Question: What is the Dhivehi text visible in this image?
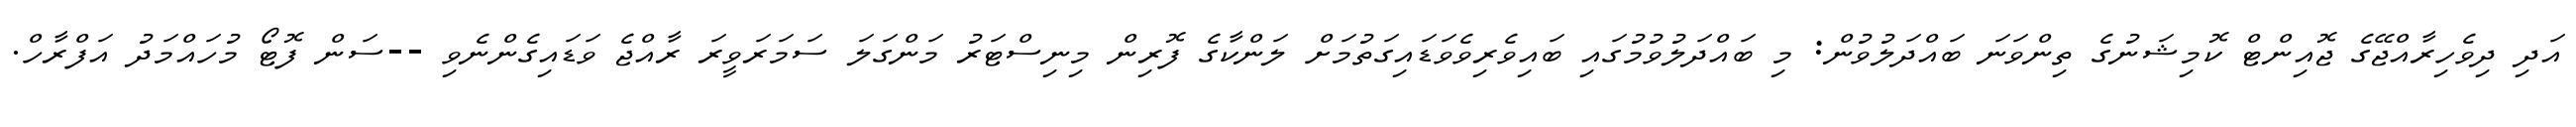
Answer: އަދި ދިވެހިރާއްޖޭގެ ޖޮއިންޓް ކޮމިޝަނުގެ ތިންވަނަ ބައްދަލުވުން: މި ބައްދަލުވުމުގައި ބައިވެރިވެވަޑައިގަތުމަށް ލަންކާގެ ފޮރިން މިނިސްޓަރު މަންގަލަ ސަމަރަވީރަ ރާއްޖެ ވަޑައިގެންނެވި --ސަން ފޮޓޯ މުހައްމަދު އަފްރާހް.